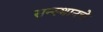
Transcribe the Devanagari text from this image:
सन्स्थानचे